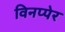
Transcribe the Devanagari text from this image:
विनप्पेर